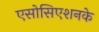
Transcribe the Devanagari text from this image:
एसोसिएशनके